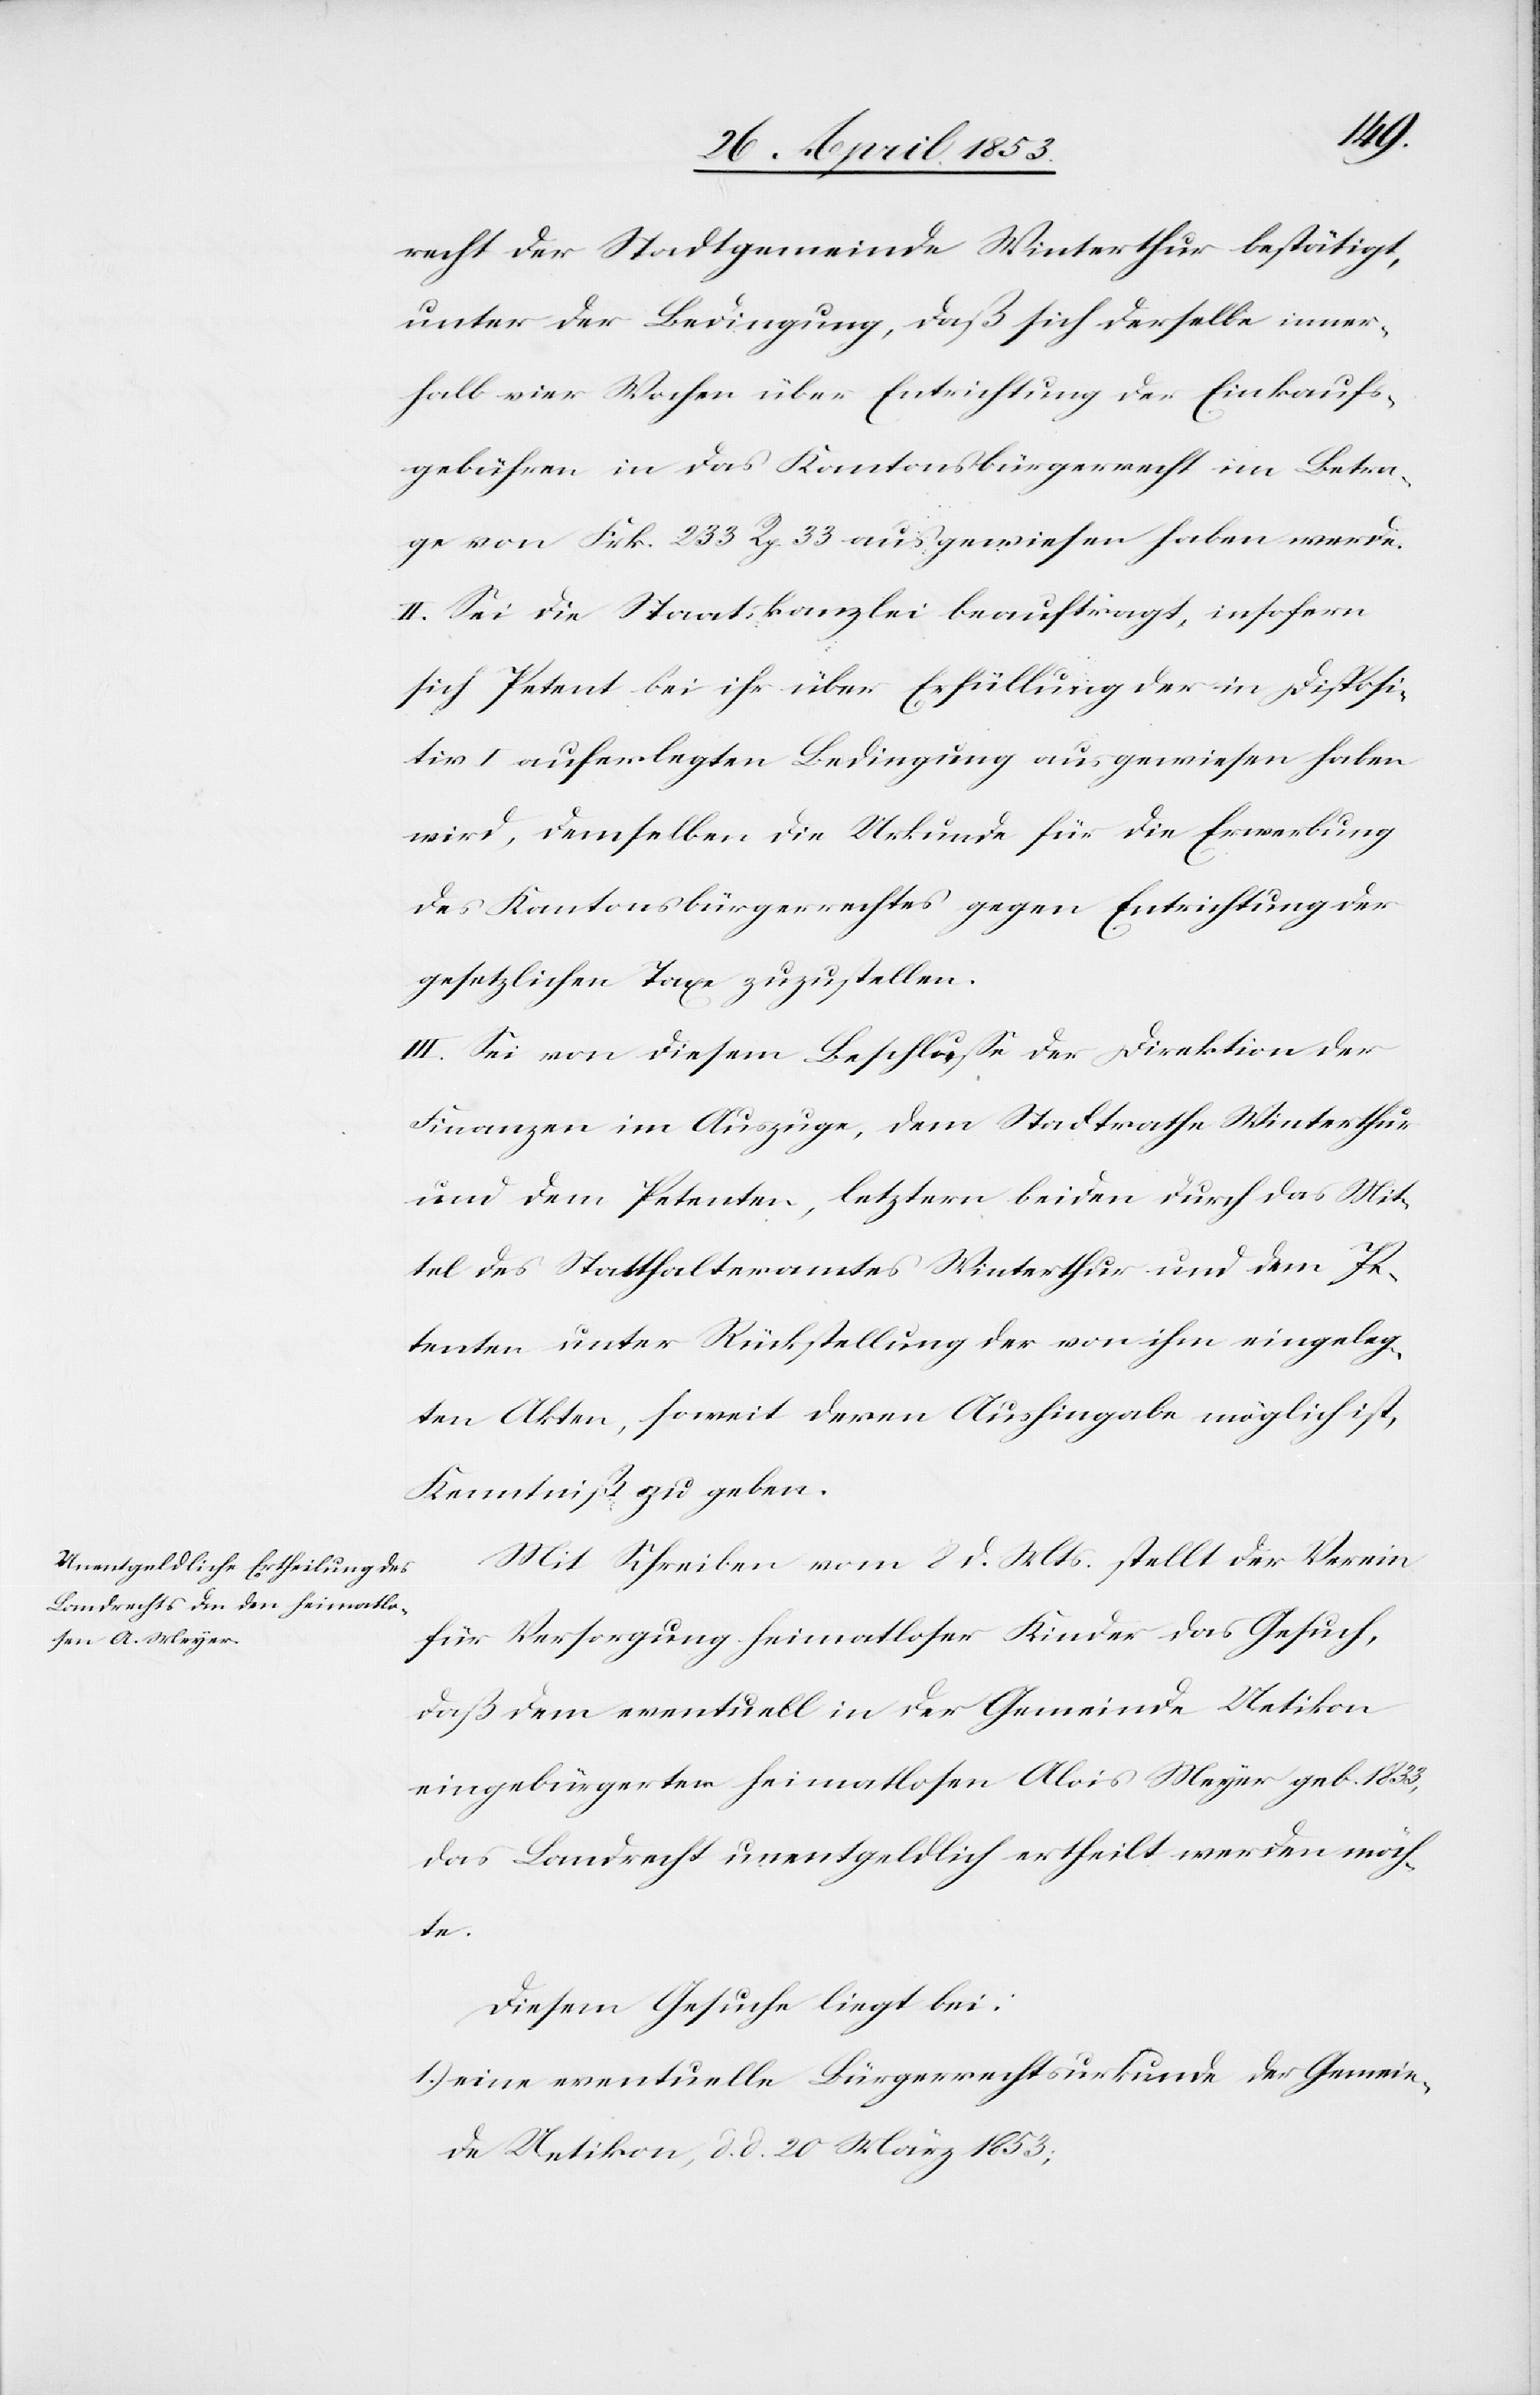
recht der Stadtgemeinde Winterthur bestätigt,
unter der Bedingung daß sich derselbe inner¬
halb vier Wochen über Einrichtung der Einkaufs¬
gebühren in das Kantonsbürgerrecht im Betra¬
ge von Frk. 233 Rp. 33 ausgewiesen haben werde.
II. Sei die Staatskanzlei beauftragt, insofern
sich Petent bei ihr über Erfüllung der in Disposi¬
tiv I. auferlegten Bedingung ausgewiesen haben
wird, demselben die Urkunde für die Erwerbung
des Kantonsbürgerrechtes gegen Entrichtung der
gesetzlichen Taxe zuzustellen.
III. Sei von diesem Beschluße der Direktion der
Finanzen im Auszuge, dem Stadtrathe Winterthur
und dem Petenten, letztern beiden durch das Mit¬
tel des Statthalteramtes Winterthur und dem Pe¬
tenten unter Rückstellung der von ihm eingeleg¬
ten Akten, soweit deren Aushingabe möglich ist,
Kenntniß zu geben.
Mit Schreiben vom 8 d. Mts., stellt der Verein
für Versorgung heimatloser Kinder das Gesuch,
daß dem eventuell in der Gemeinde Uetikon
eingebürgerten heimatlosen Alois Meyer geb. 1833,
das Landrecht unentgeldlich ertheilt werden möch¬
te.
Diesem Gesuche liegt bei:
1.) eine eventuelle Bürgerrechtsurkunde der Gemein¬
de Uetikon, d. d. 20 März 1853;